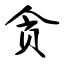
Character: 贪